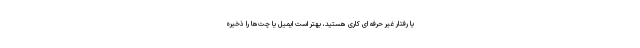
یا رفتار غیر حرفه ای کاری هستید، بهتر است ایمیل یا چت‌ها را ذخیره